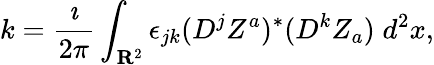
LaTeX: k=\frac{\imath}{2\pi}\int_{{\mathbf R}^{2}}\epsilon_{jk}(D^{j}Z^{a})^{*}(D^{k}Z_{a})\; d^{2}x,